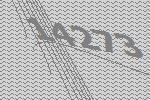
14273